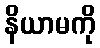
နိယာမကို